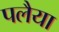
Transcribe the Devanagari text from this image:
पलैया